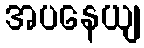
အပနေယျ